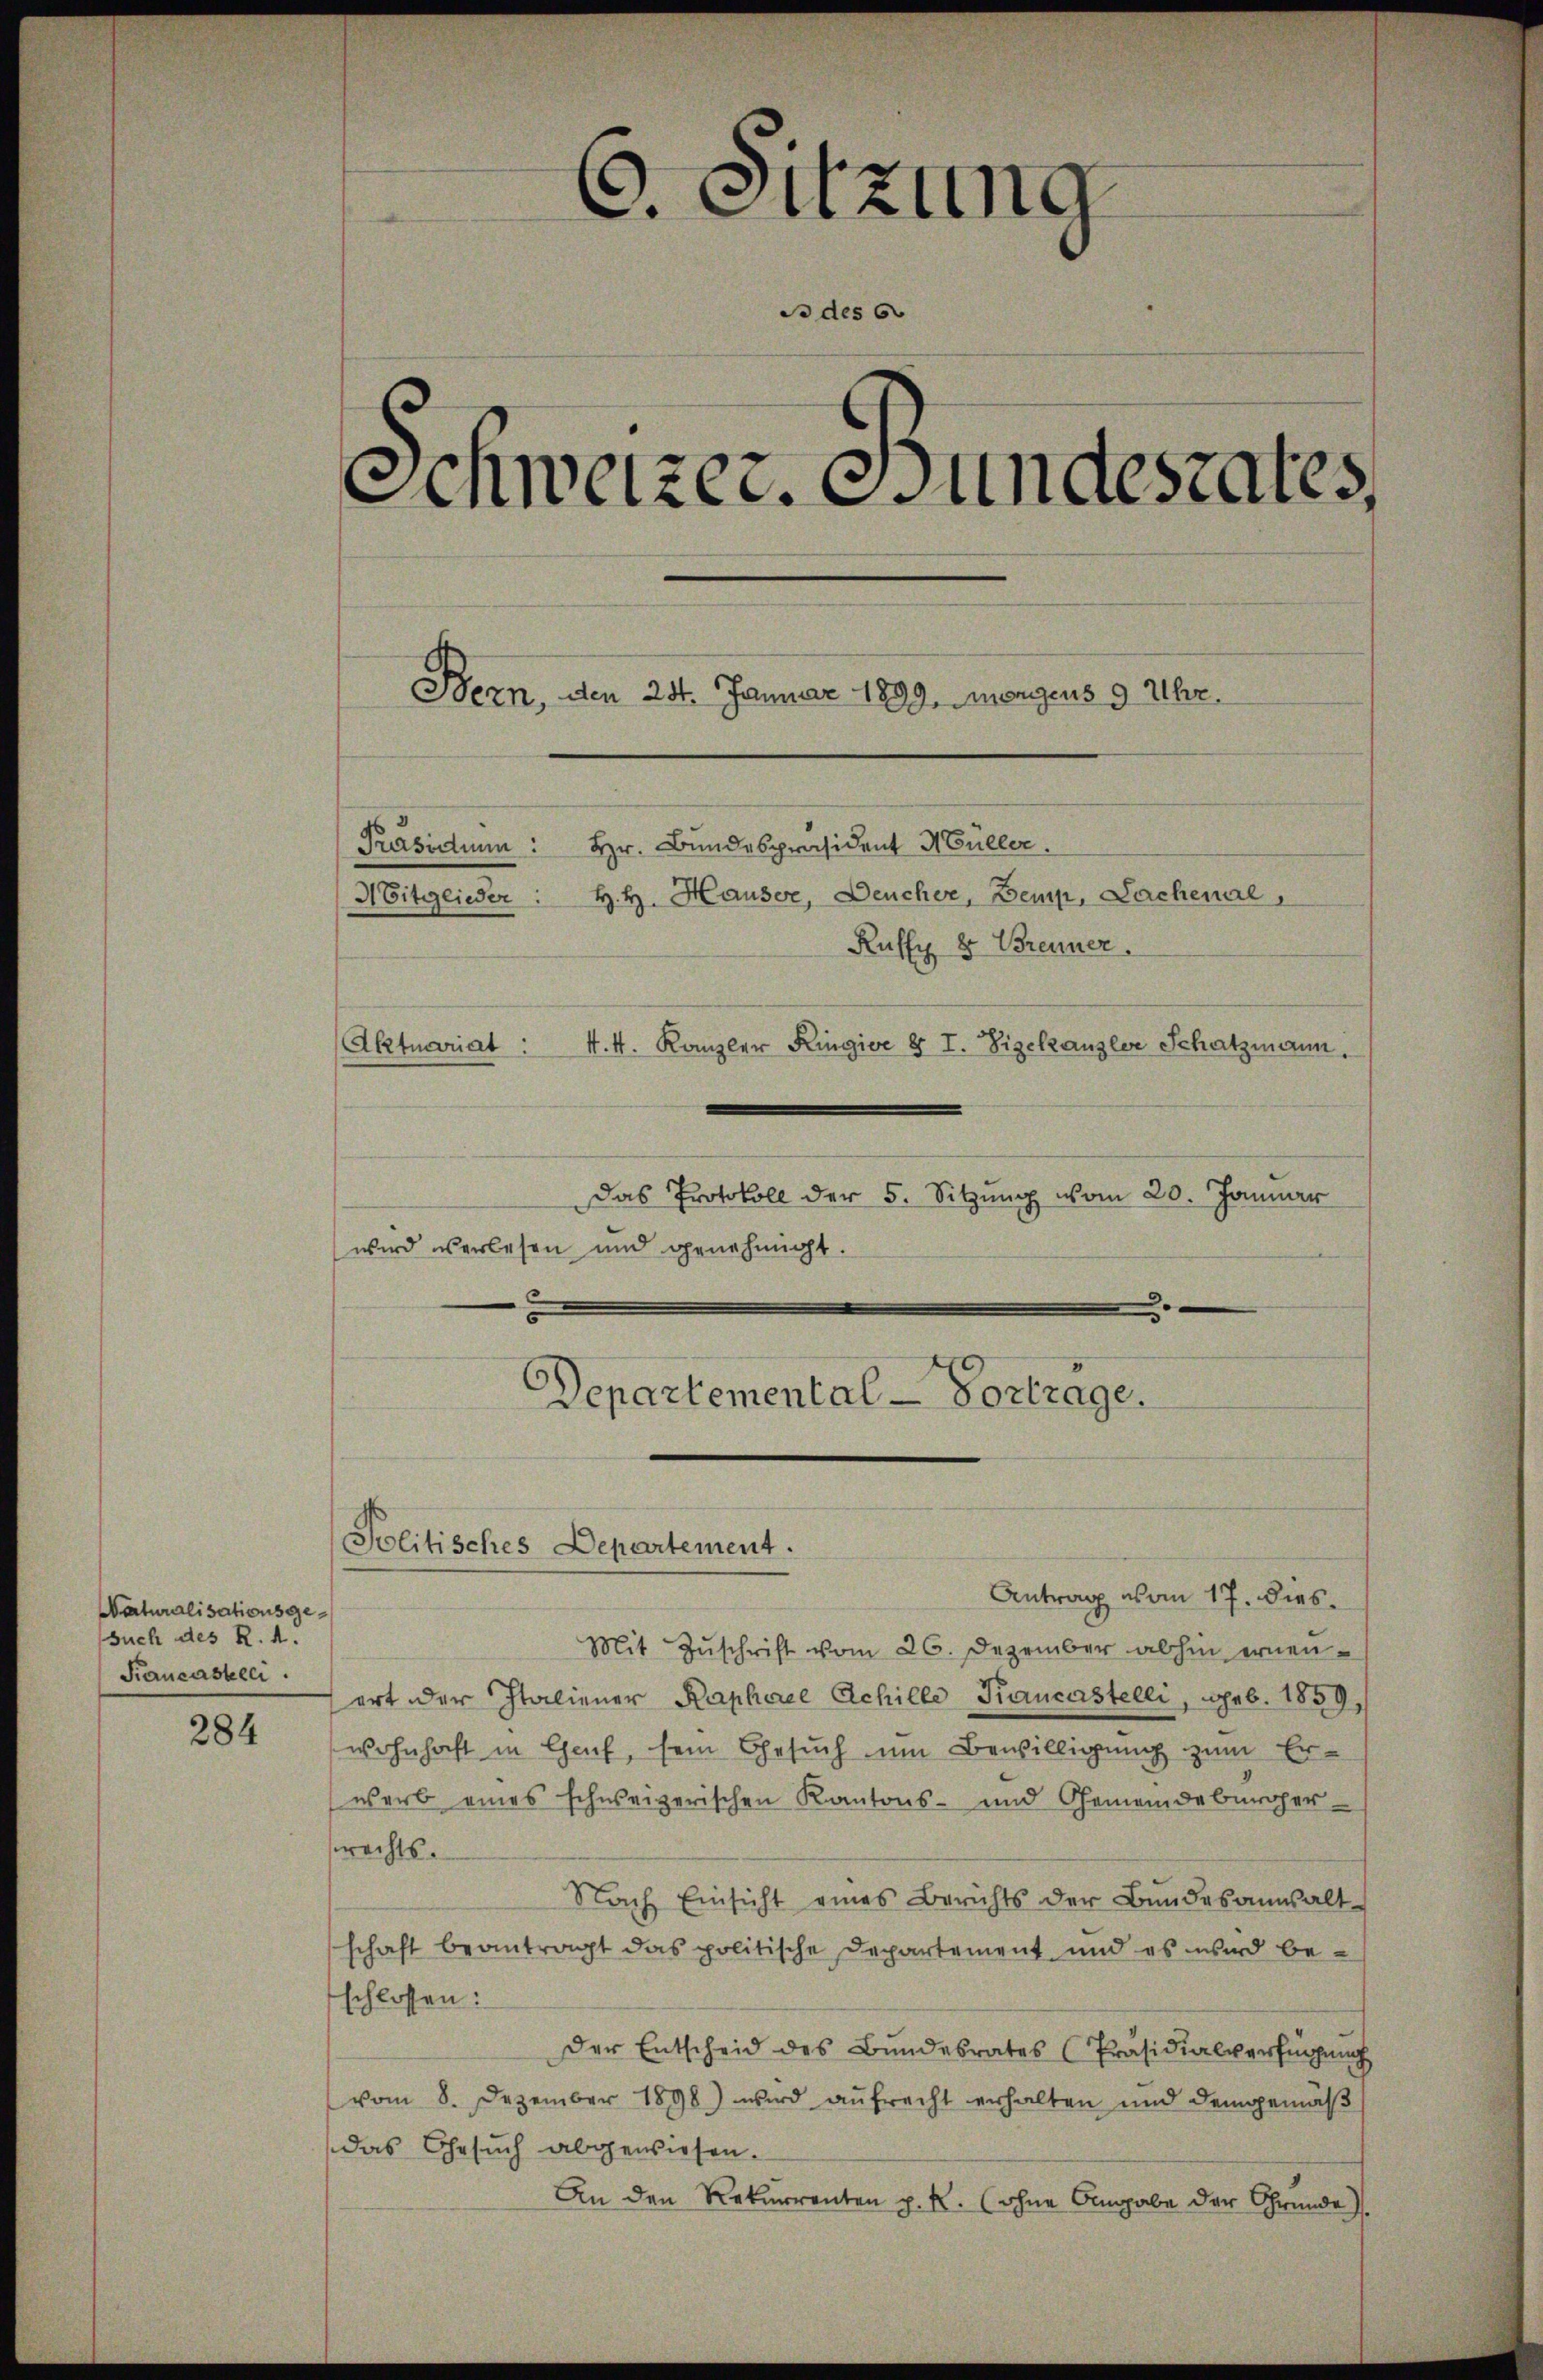
Naturalisationsgesuch des R. d.
Kancasseci.

284

Das Protokoll der 5. Sitzung vom 20. Januar
wird verlesen und genehmigt.

Antrag vom 17. dies
Mit Zŭschrift vom 26. Dezember abhin erneuort der Italiener Raphael Achille Kaucastelli, geb. 1859,
wohnhaft in Genf, sein Gesuch um Bewilligung zum Erwarb eines schweizerischen Kantons- und Gemeindebürger-
srechts.
Nach Einsicht eines Berichts der Bundesanwalt
schaft beantragt das politische Departement und es wird be-
schlossen:
Der Entscheid des Bundesrates Präsidialverfügung
vom 8. Dezember 1898) wird aŭfrecht erhalten und demgemäβ
das Gesuch abgewiesen.
An den Rekurrenten p. R. (ohne Angabe der Gründe

0. Sitzung
Schweizer. Bundesrates,
Bern, den 24. Januar 1899. Morgens 9 Uhr.
Präsidium: Hr. Bundespräsident Müller.
H. H. Hauser, Deucher, Bemp, Lachenal,
Mitglieder:
Ruffy 8 Brenner.
Aktuariat : 4. 4. Kanzler Ringioe § I. Vizekanzler Schatzmann.

Politisches Departement.

do des G

Departemental-Vortrage.